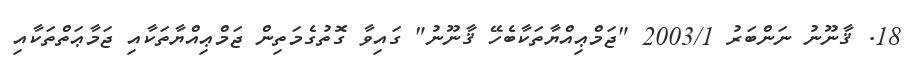
18. ޤާނޫނު ނަންބަރު 2003/1 "ޖަމްޢިއްޔާތަކާބެހޭ ޤާނޫނު" ގައިވާ ގޮތުގެމަތިން ޖަމްޢިއްޔާތަކާއި ޖަމާޢަތްތަކާއި